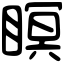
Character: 瞑